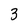
Character: 3